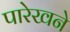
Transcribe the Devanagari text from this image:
पारेखने